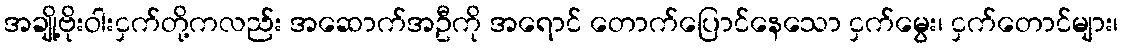
အချို့ဗိုးဝါးငှက်တို့ကလည်း အဆောက်အဦကို အရောင် တောက်ပြောင်နေသော ငှက်မွေး၊ ငှက်တောင်များ၊